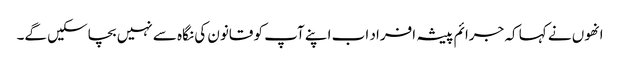
انھوں نے کہا کہ جرائم پیشہ افراد اب اپنے آپ کو قانون کی نگاہ سے نہیں بچاسکیں گے۔